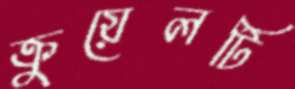
ক্রুয়েলটি